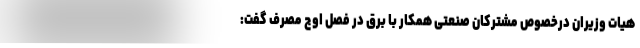
هیات وزیران درخصوص مشترکان صنعتی همکار با برق در فصل اوج مصرف گفت: